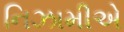
નિઝામીએ